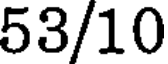
53/10